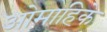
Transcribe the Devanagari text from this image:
ओमाहिके